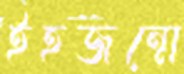
ইহজন্মে